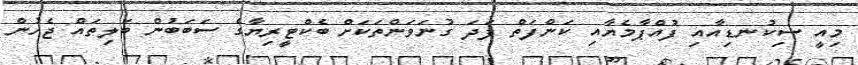
މިއީ ސިކުނޑިއާއި ފުއްޕާމެޔާއި ކަންފަތް ފަދަ ގުނަވަންތަކަށް ބެކްޓީރިޔާގެ ސަބަބުން ބަލިތައް ޖެހުން